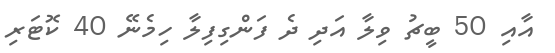
އާއި 50 ބީޗު ވިލާ އަދި ދެ ފަންގިފިލާ ހިމެނޭ 40 ކޮޓަރި